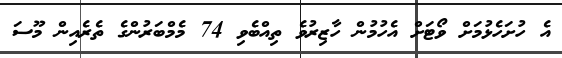
އެ ހުށަހެޅުމަށް ވޯޓަށް އެހުމުން ހާޒިރުވެ ތިއްބެވި 74 މެމްބަރުންގެ ތެރެއިން މޫސަ